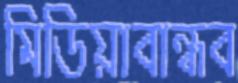
মিডিয়াবান্ধব